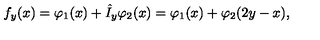
f _ { y } ( x ) = \varphi _ { 1 } ( x ) + \hat { I } _ { y } \varphi _ { 2 } ( x ) = \varphi _ { 1 } ( x ) + \varphi _ { 2 } ( 2 y - x ) ,